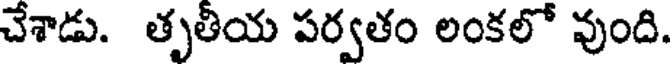
చేశాడు. తృతీయ పర్వతం లంకలో వుంది.